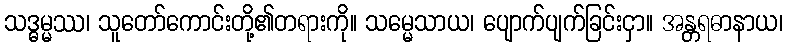
သဒ္ဓမ္မဿ၊ သူတော်ကောင်းတို့၏တရားကို။ သမ္မေသာယ၊ ပျောက်ပျက်ခြင်းငှာ။ အန္တရဓာနာယ၊